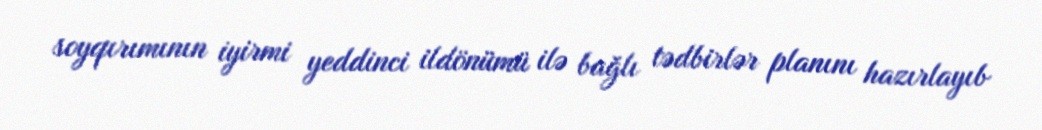
soyqırımının iyirmi yeddinci ildönümü ilə bağlı tədbirlər planını hazırlayıb